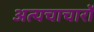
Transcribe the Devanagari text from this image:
अत्यचाचारों